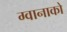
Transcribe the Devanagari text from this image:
ग्वानाको